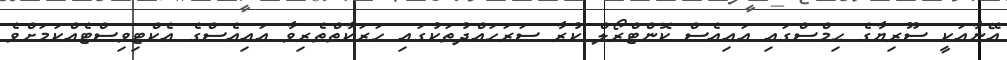
އޭނާއަކީ ސޫރިޔާގެ ޙިމްސްގައި އައިއެސް ކޮންޓްރޯލް ކުރާ ސަރަހައްދުތަކުގައި ހަރަކާތްތެރިވާ އައިއެސްގެ އެކްޓިވިސްޓެއްކަމަށްވެ